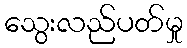
သွေးလည်ပတ်မှု